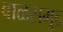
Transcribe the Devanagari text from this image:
बाळसमुद्र